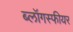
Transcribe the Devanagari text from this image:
ब्लॉगस्फीयर